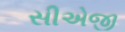
સીએજી